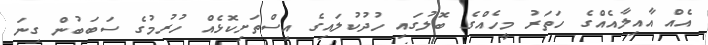
އެއް އާއިލާއެއްގެ ހަތަރު މީހެއްގެ ބޮލުގައި ހުދުކުލައިގެ އިސްތަށިކޮޅެއް ހުރުމުގެ ސަބަބުން ގިނަ